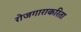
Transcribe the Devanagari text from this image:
रोजगाराकरिता